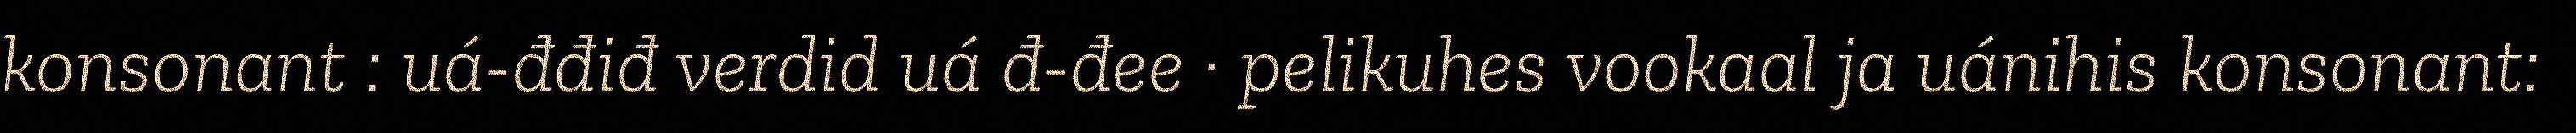
konsonant : uá-đđiđ verdid uá đ-đee · pelikuhes vookaal ja uánihis konsonant: